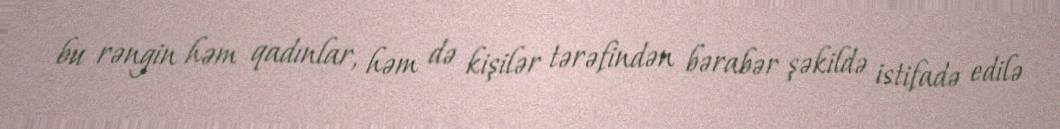
bu rəngin həm qadınlar, həm də kişilər tərəfindən bərabər şəkildə istifadə edilə